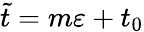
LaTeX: \tilde{t}=m\varepsilon+t_{0}